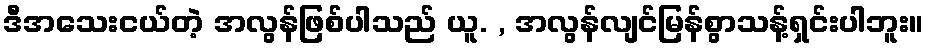
ဒီအသေးငယ်တဲ့ အလွန်ဖြစ်ပါသည် ယူ. , အလွန်လျင်မြန်စွာသန့်ရှင်းပါဘူး။